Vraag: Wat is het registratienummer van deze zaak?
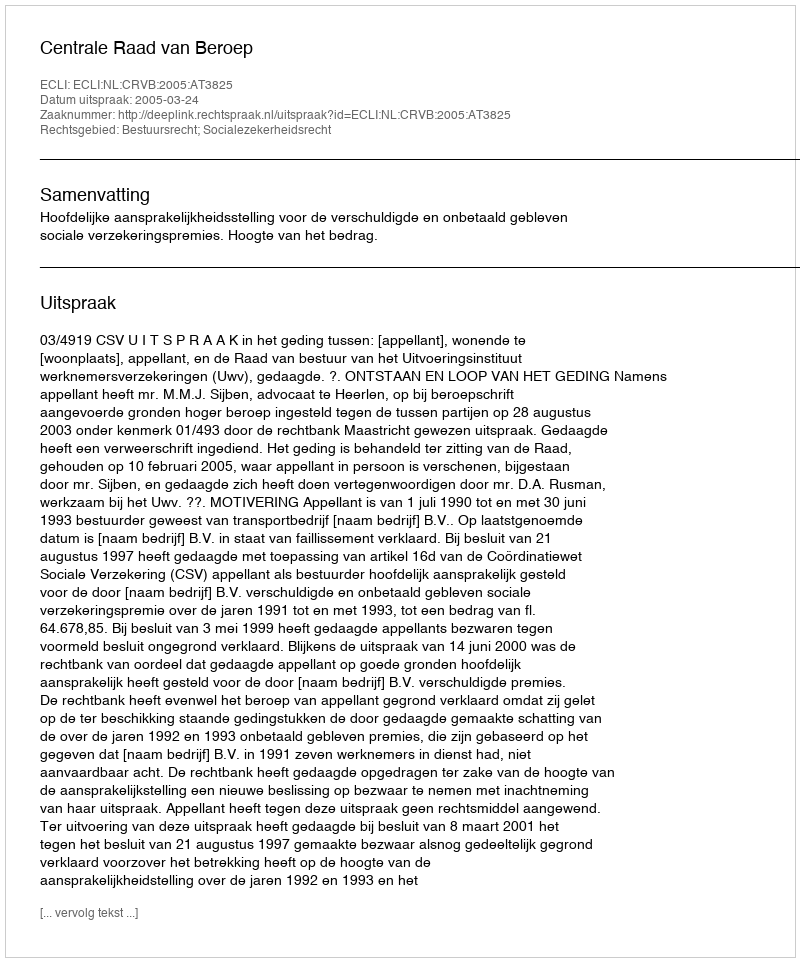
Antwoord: http://deeplink.rechtspraak.nl/uitspraak?id=ECLI:NL:CRVB:2005:AT3825